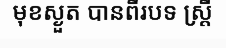
មុខស្ងួត បានពីរបទ ស្ត្រី